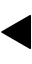
\blacktriangleleft